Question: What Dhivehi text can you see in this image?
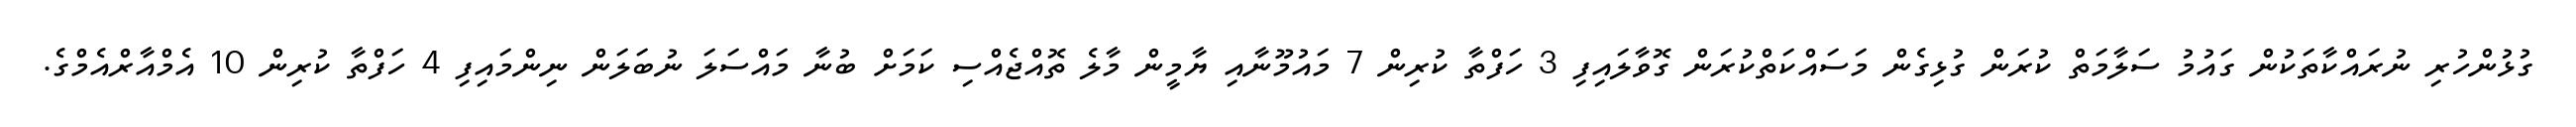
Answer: ގުޅުންހުރި ނުރައްކާތަކުން ގައުމު ސަލާމަތް ކުރަން ގުޅިގެން މަސައްކަތްކުރަން ގޮވާލައިފި 3 ހަފްތާ ކުރިން 7 މައުމޫނާއި ޔާމީން މާލެ ތޮއްޖެއްސި ކަމަށް ބުނާ މައްސަލަ ނުބަލަން ނިންމައިފި 4 ހަފްތާ ކުރިން 10 އެމްއާރްއެމްގެ.